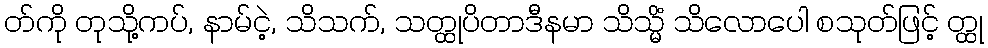
တ်ကို တုသို့ကပ်, နာမ်ငဲ့, သိသက်, သတ္ထုပိတာဒီနမာ သိသ္မိံ သိလောပေါ စသုတ်ဖြင့် တ္ထု